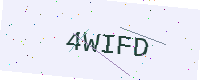
Text: 4WIFD